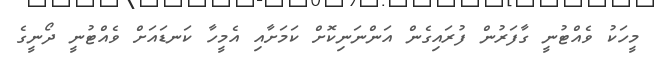
މީހަކު ވެއްޓުނީ ގާފަރުން ފުރައިގެން އަންނަނިކޮށް ކަމަށާއި އެމީހާ ކަނޑައަށް ވެއްޓުނީ ދޯނީގެ